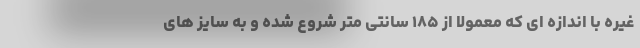
غیره با اندازه ای که معمولاً از ۱۸۵ سانتی متر شروع شده و به سایز های